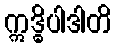
ဣဒ္ဓိပါဒါတိ